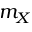
m _ { X }